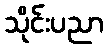
သိုင်းပညာ